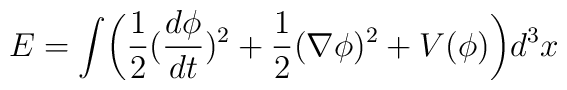
E=\int \biggl(\frac 12(\frac{d\phi }{dt})^2 +\frac 12(\nabla \phi )^2+V(\phi)\biggr)d^3x